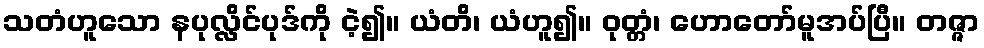
သတံဟူသော နပုလ္လိင်ပုဒ်ကို ငဲ့၍။ ယံတိ၊ ယံဟူ၍။ ဝုတ္တံ၊ ဟောတော်မူအပ်ပြီ။ တဇ္ဇာ